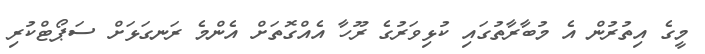
މީގެ އިތުރުން އެ މުބާރާތުގައި ކުޅިވަރުގެ ރޫހާ އެއްގޮތަށް އެންމެ ރަނގަޅަށް ސަޕޯޓްކުރި